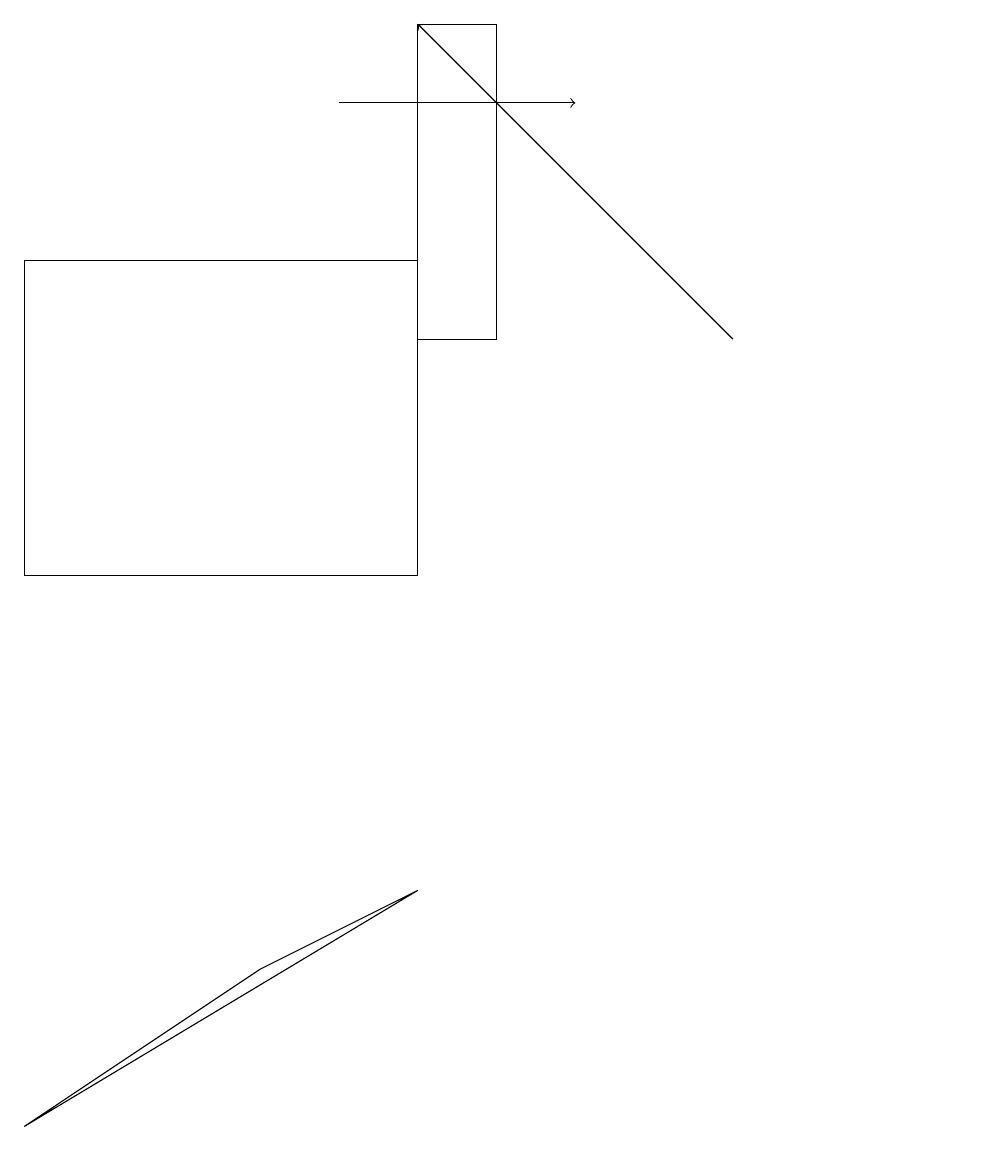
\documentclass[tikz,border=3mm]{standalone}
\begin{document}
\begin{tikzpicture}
\draw (12,11) circle (0);
\draw (5,16) rectangle (0,12);
\draw (5,19) rectangle (6,15);
\draw (5,8) -- (0,5) -- (3,7) -- cycle;
\draw[->] (9,15) -- (5,19);
\draw[->] (4,18) -- (7,18);
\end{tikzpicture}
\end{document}